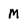
Character: M